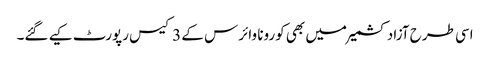
اسی طرح آزاد کشمیر میں بھی کورونا وائرس کے 3 کیس رپورٹ کیے گئے۔